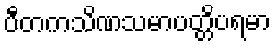
ပီတကသိဏသမာပတ္တိပရမာ